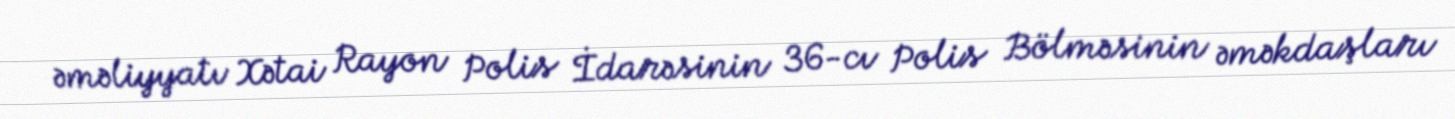
əməliyyatı Xətai Rayon Polis İdarəsinin 36-cı Polis Bölməsinin əməkdaşları